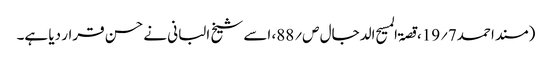
(مسند احمد7؍19،قصۃ المسیح الدجال ص؍88، اسے شیخ البانی نے حسن قرار دیا ہے۔